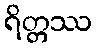
ရိတ္တဿ